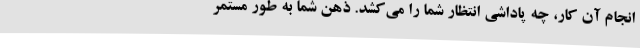
انجام آن کار، چه پاداشی انتظار شما را می‌کشد. ذهن شما به طور مستمر